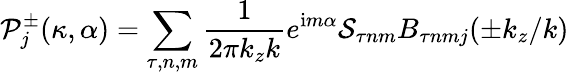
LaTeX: \mathcal{P}_{j}^{\pm}(\kappa,\alpha)=\sum_{\tau,n,m}\frac{1}{2\pi k_{z}k}e^{\mathrm{i}m\alpha}\mathcal{S}_{\tau nm}B_{\tau nmj}(\pm k_{z}/k)